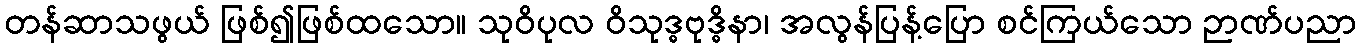
တန်ဆာသဖွယ် ဖြစ်၍ဖြစ်ထသော။ သုဝိပုလ ဝိသုဒ္ဓဗုဒ္ဓိနာ၊ အလွန်ပြန့်ပြော စင်ကြယ်သော ဉာဏ်ပညာ